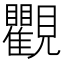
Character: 𧢩